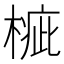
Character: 𣖲